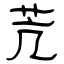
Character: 苀